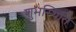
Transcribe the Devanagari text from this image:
शुभस्थिति